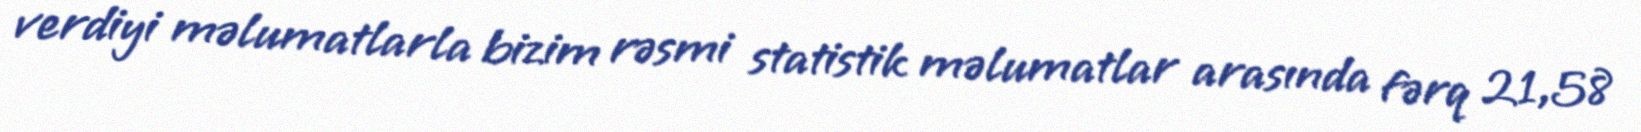
verdiyi məlumatlarla bizim rəsmi statistik məlumatlar arasında fərq 21,58